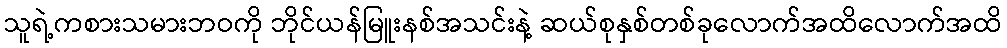
သူရဲ့ကစားသမားဘဝကို ဘိုင်ယန်မြူးနစ်အသင်းနဲ့ ဆယ်စုနှစ်တစ်ခုလောက်အထိလောက်အထိ